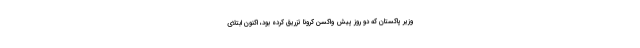
وزیر پاکستان که دو روز پیش واکسن کرونا تزریق کرده بود، اکنون ابتلای